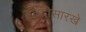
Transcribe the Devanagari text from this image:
हळदीसारखे